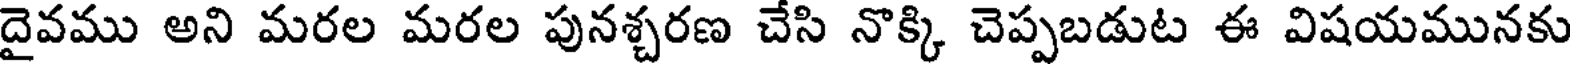
దైవము అని మరల మరల పునశ్చరణ చేసి నొక్కి చెప్పబడుట ఈ విషయమునకు